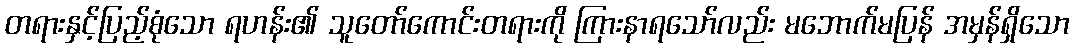
တရားနှင့်ပြည့်စုံသော ရဟန်း၏ သူတော်ကောင်းတရားကို ကြားနာရသော်လည်း မဘောက်မပြန် အမှန်ရှိသော